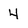
Character: 4